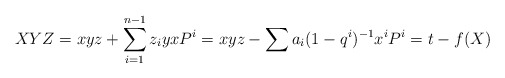
\begin{align*}XYZ = xyz+ \sum_{i=1}^{n-1} z_iy x P^i= xyz - \sum a_i(1-q^i)^{-1} x^{i} P^i = t - f(X)\end{align*}